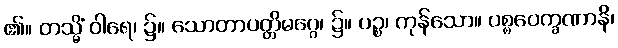
၏။ တသ္မိံ ဝါရေ၊ ၌။ သောတာပတ္တိမဂ္ဂေ၊ ၌။ ပဉ္စ၊ ကုန်သော။ ပစ္စဝေက္ခဏာနိ၊